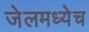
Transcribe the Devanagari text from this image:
जेलमध्येच